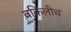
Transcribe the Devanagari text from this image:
वकिलीच